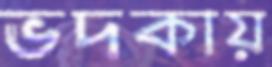
ভদকায়